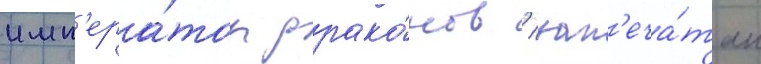
имп'ера́тор драко́нов / зап'еча́тан